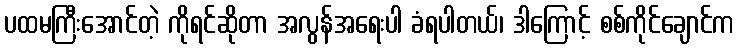
ပထမကြီးအောင်တဲ့ ကိုရင်ဆိုတာ အလွန်အရေးပါ ခံရပါတယ်၊ ဒါကြောင့် စစ်ကိုင်ချောင်က